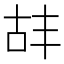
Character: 𫧡